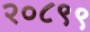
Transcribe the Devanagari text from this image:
२०८९९